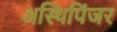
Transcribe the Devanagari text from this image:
अस्थिपिंजर